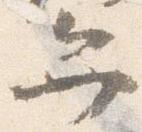
弁